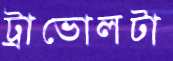
ট্রাভোলটা